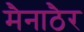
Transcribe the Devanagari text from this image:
मैनाठैर